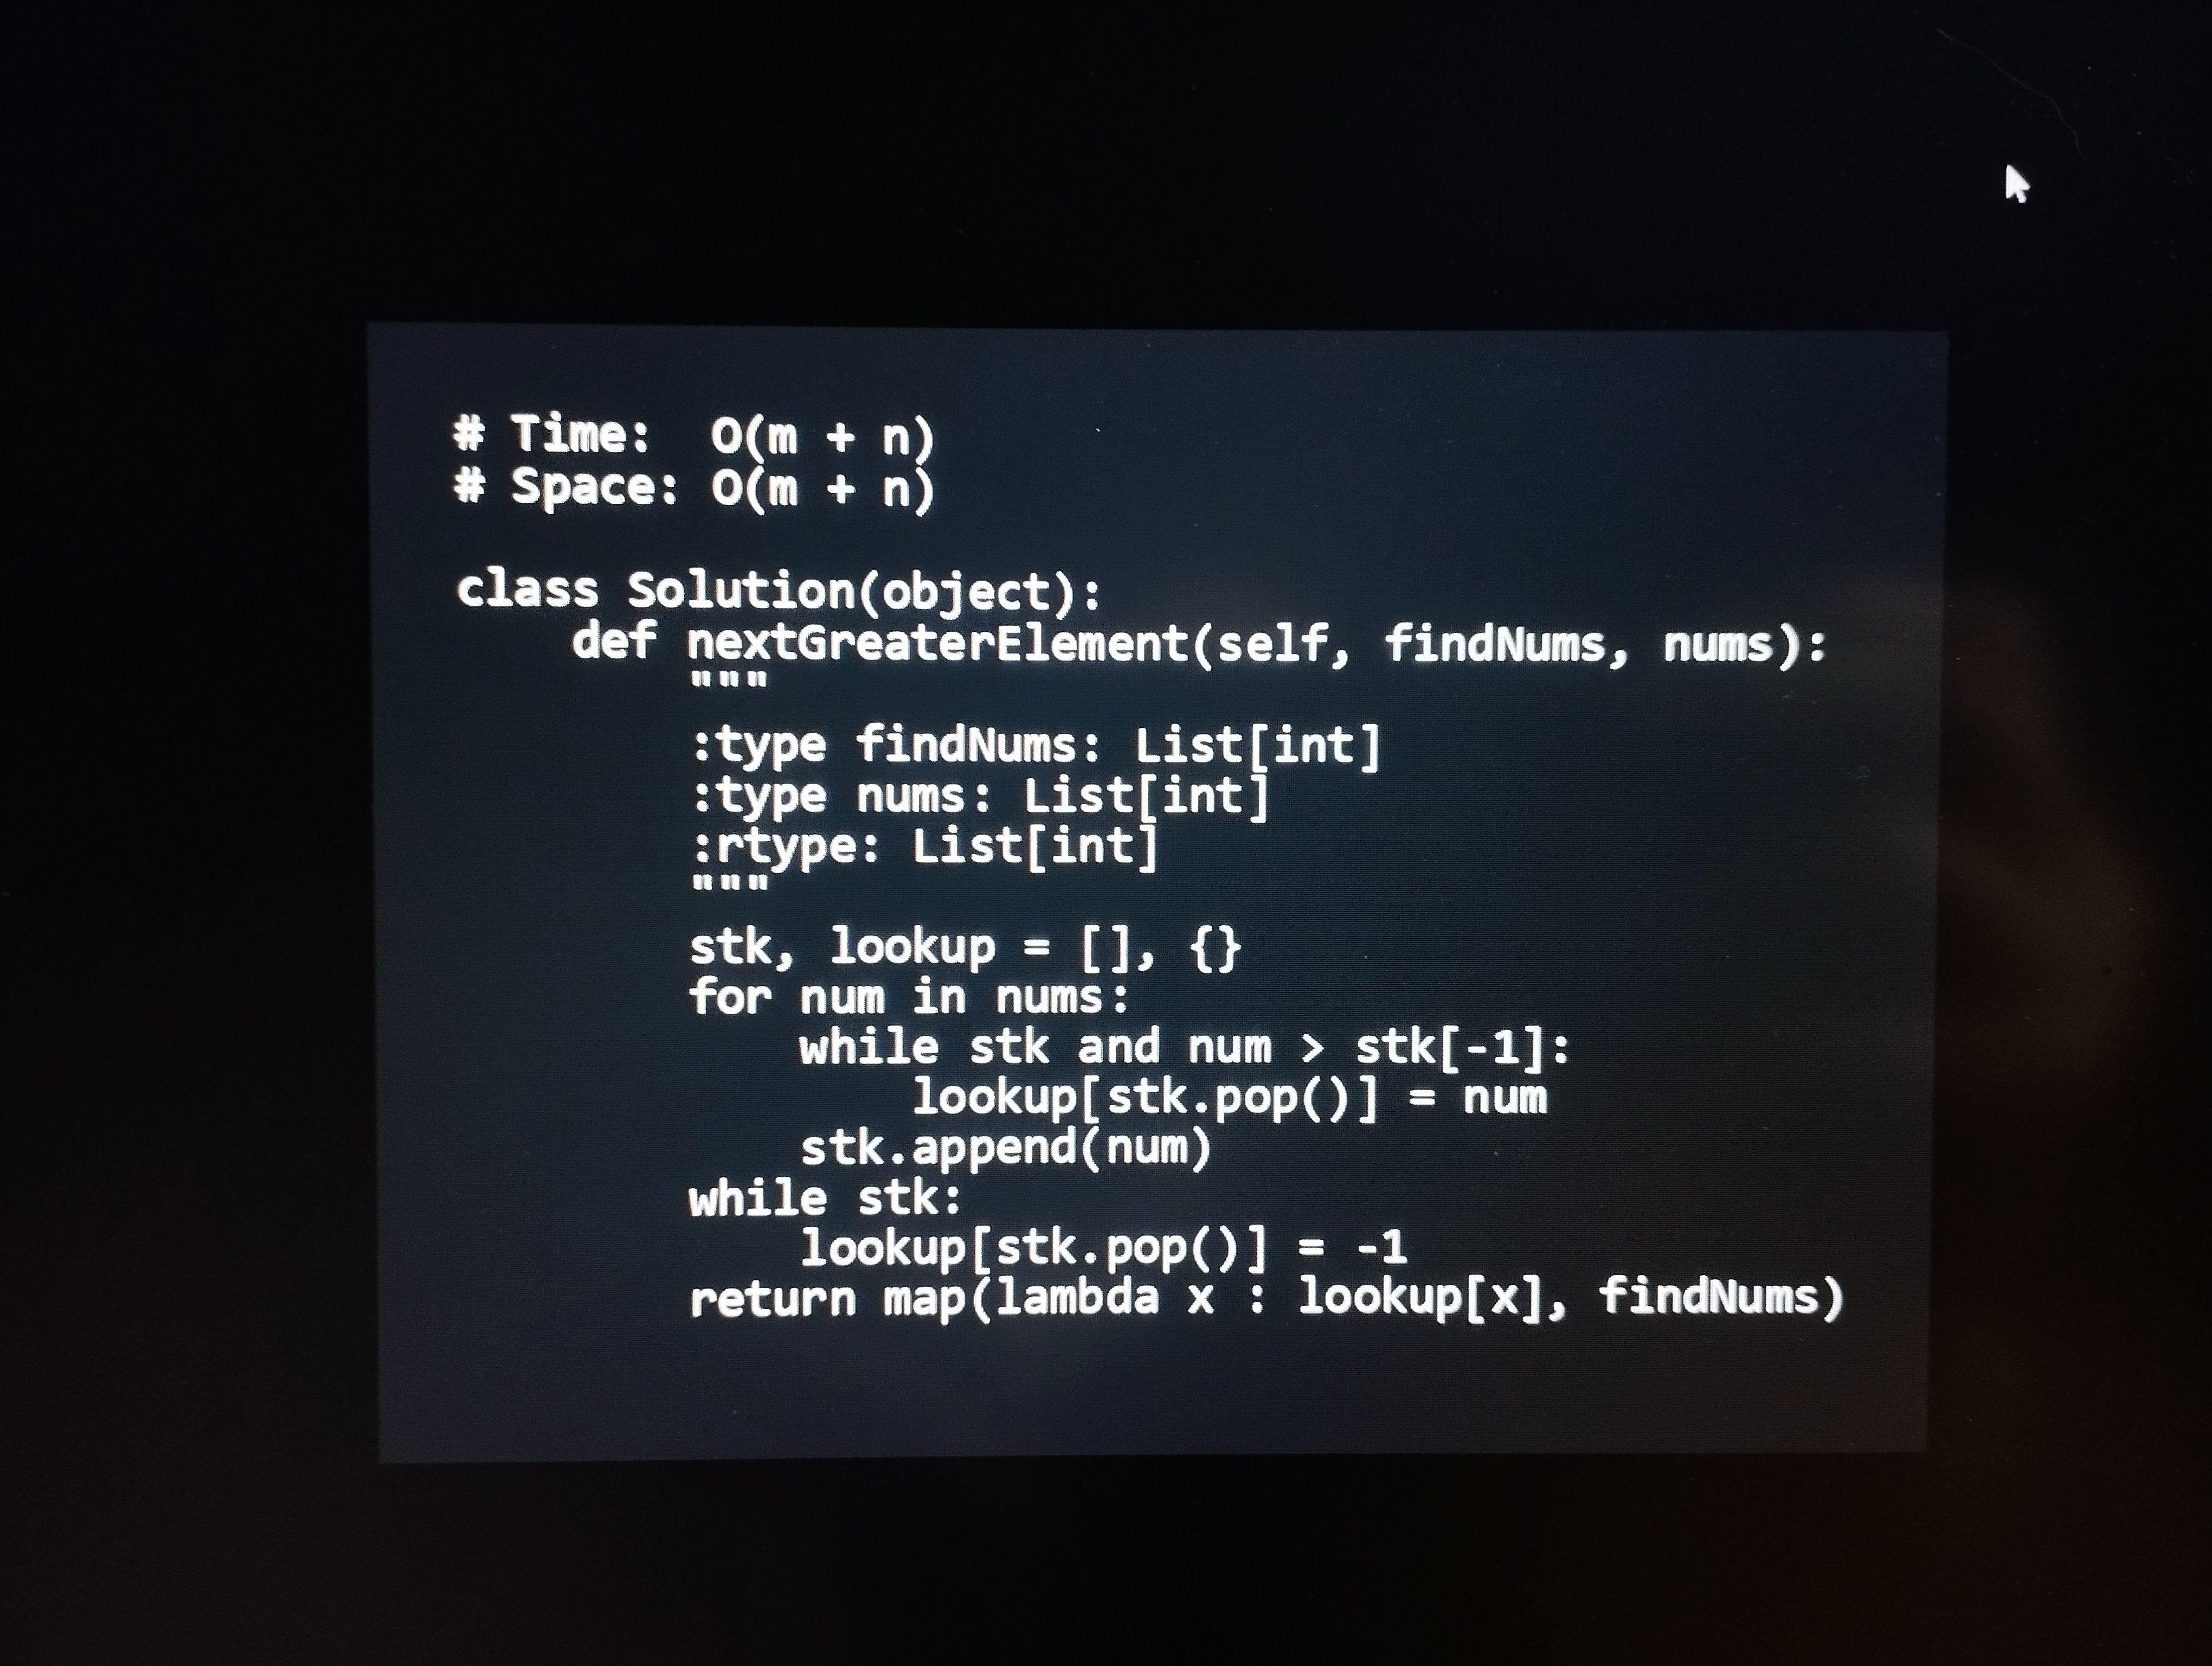
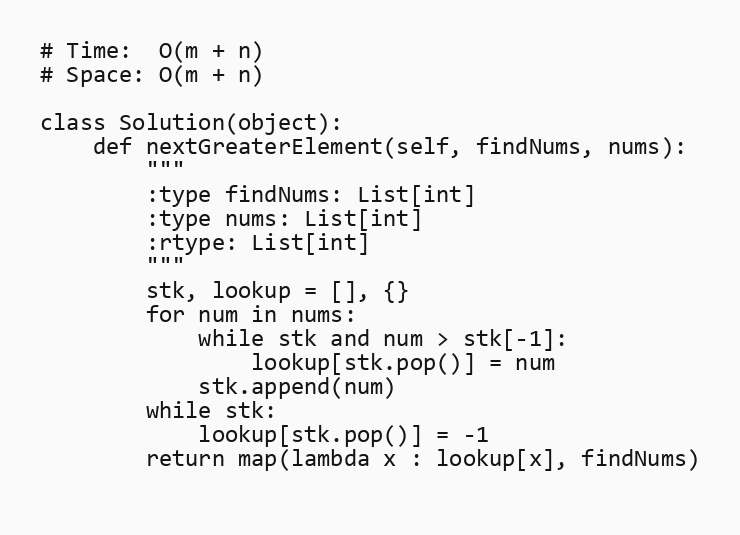
# Time:  O(m + n)
# Space: O(m + n)

class Solution(object):
    def nextGreaterElement(self, findNums, nums):
        """
        :type findNums: List[int]
        :type nums: List[int]
        :rtype: List[int]
        """
        stk, lookup = [], {}
        for num in nums:
            while stk and num > stk[-1]:
                lookup[stk.pop()] = num
            stk.append(num)
        while stk:
            lookup[stk.pop()] = -1
        return map(lambda x : lookup[x], findNums)